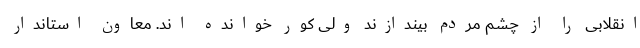
انقلابی را از چشم مردم بیندازند ولی کور خوانده اند. معاون استاندار